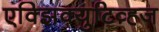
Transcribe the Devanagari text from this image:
एक्झिक्युटिव्ह्ज